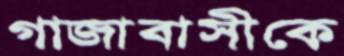
গাজাবাসীকে